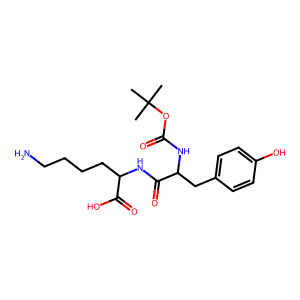
SMILES: CC(C)(C)OC(=O)NC(Cc1ccc(O)cc1)C(=O)NC(CCCCN)C(=O)O
Inhibits HIV replication: No